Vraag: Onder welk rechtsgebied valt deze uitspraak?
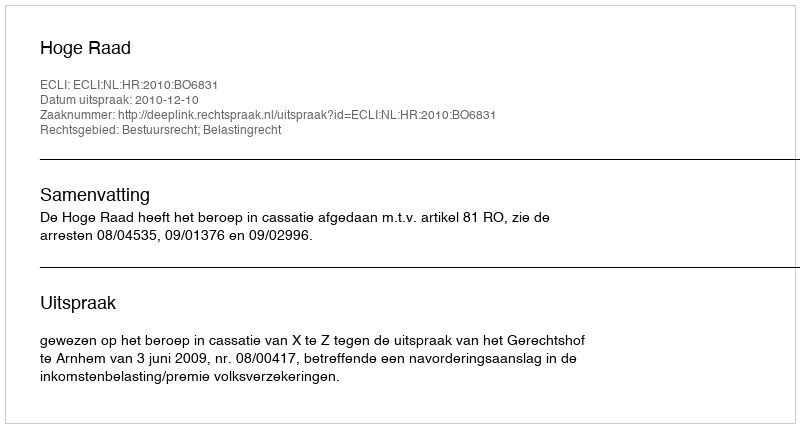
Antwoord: Bestuursrecht; Belastingrecht